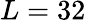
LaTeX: L=32